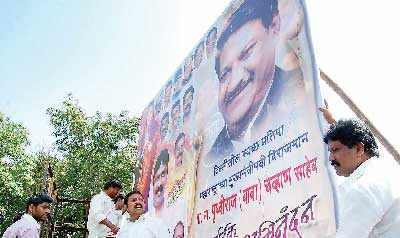
Language: marathi
Transcription: साहेब